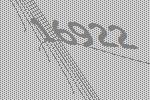
16922